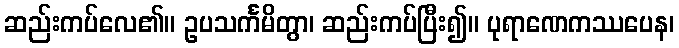
ဆည်းကပ်လေ၏။ ဥပသင်္ကမိတွာ၊ ဆည်းကပ်ပြီး၍။ ပုရာဏေကဿပေန၊